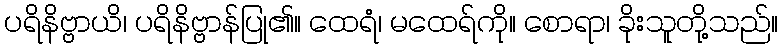
ပရိနိဗ္ဗာယိ၊ ပရိနိဗ္ဗာန်ပြု၏။ ထေရံ၊ မထေရ်ကို။ စောရာ၊ ခိုးသူတို့သည်။